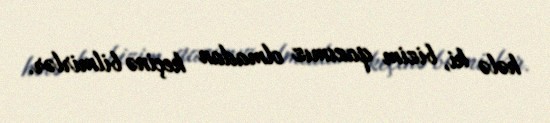
hələ ki, bizim qazımız olmadan keçinə bilmirlər.